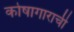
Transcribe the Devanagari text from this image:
कोषागाराची